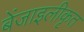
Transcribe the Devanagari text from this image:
बेंजाइलीकृत